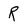
Character: R